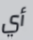
أي